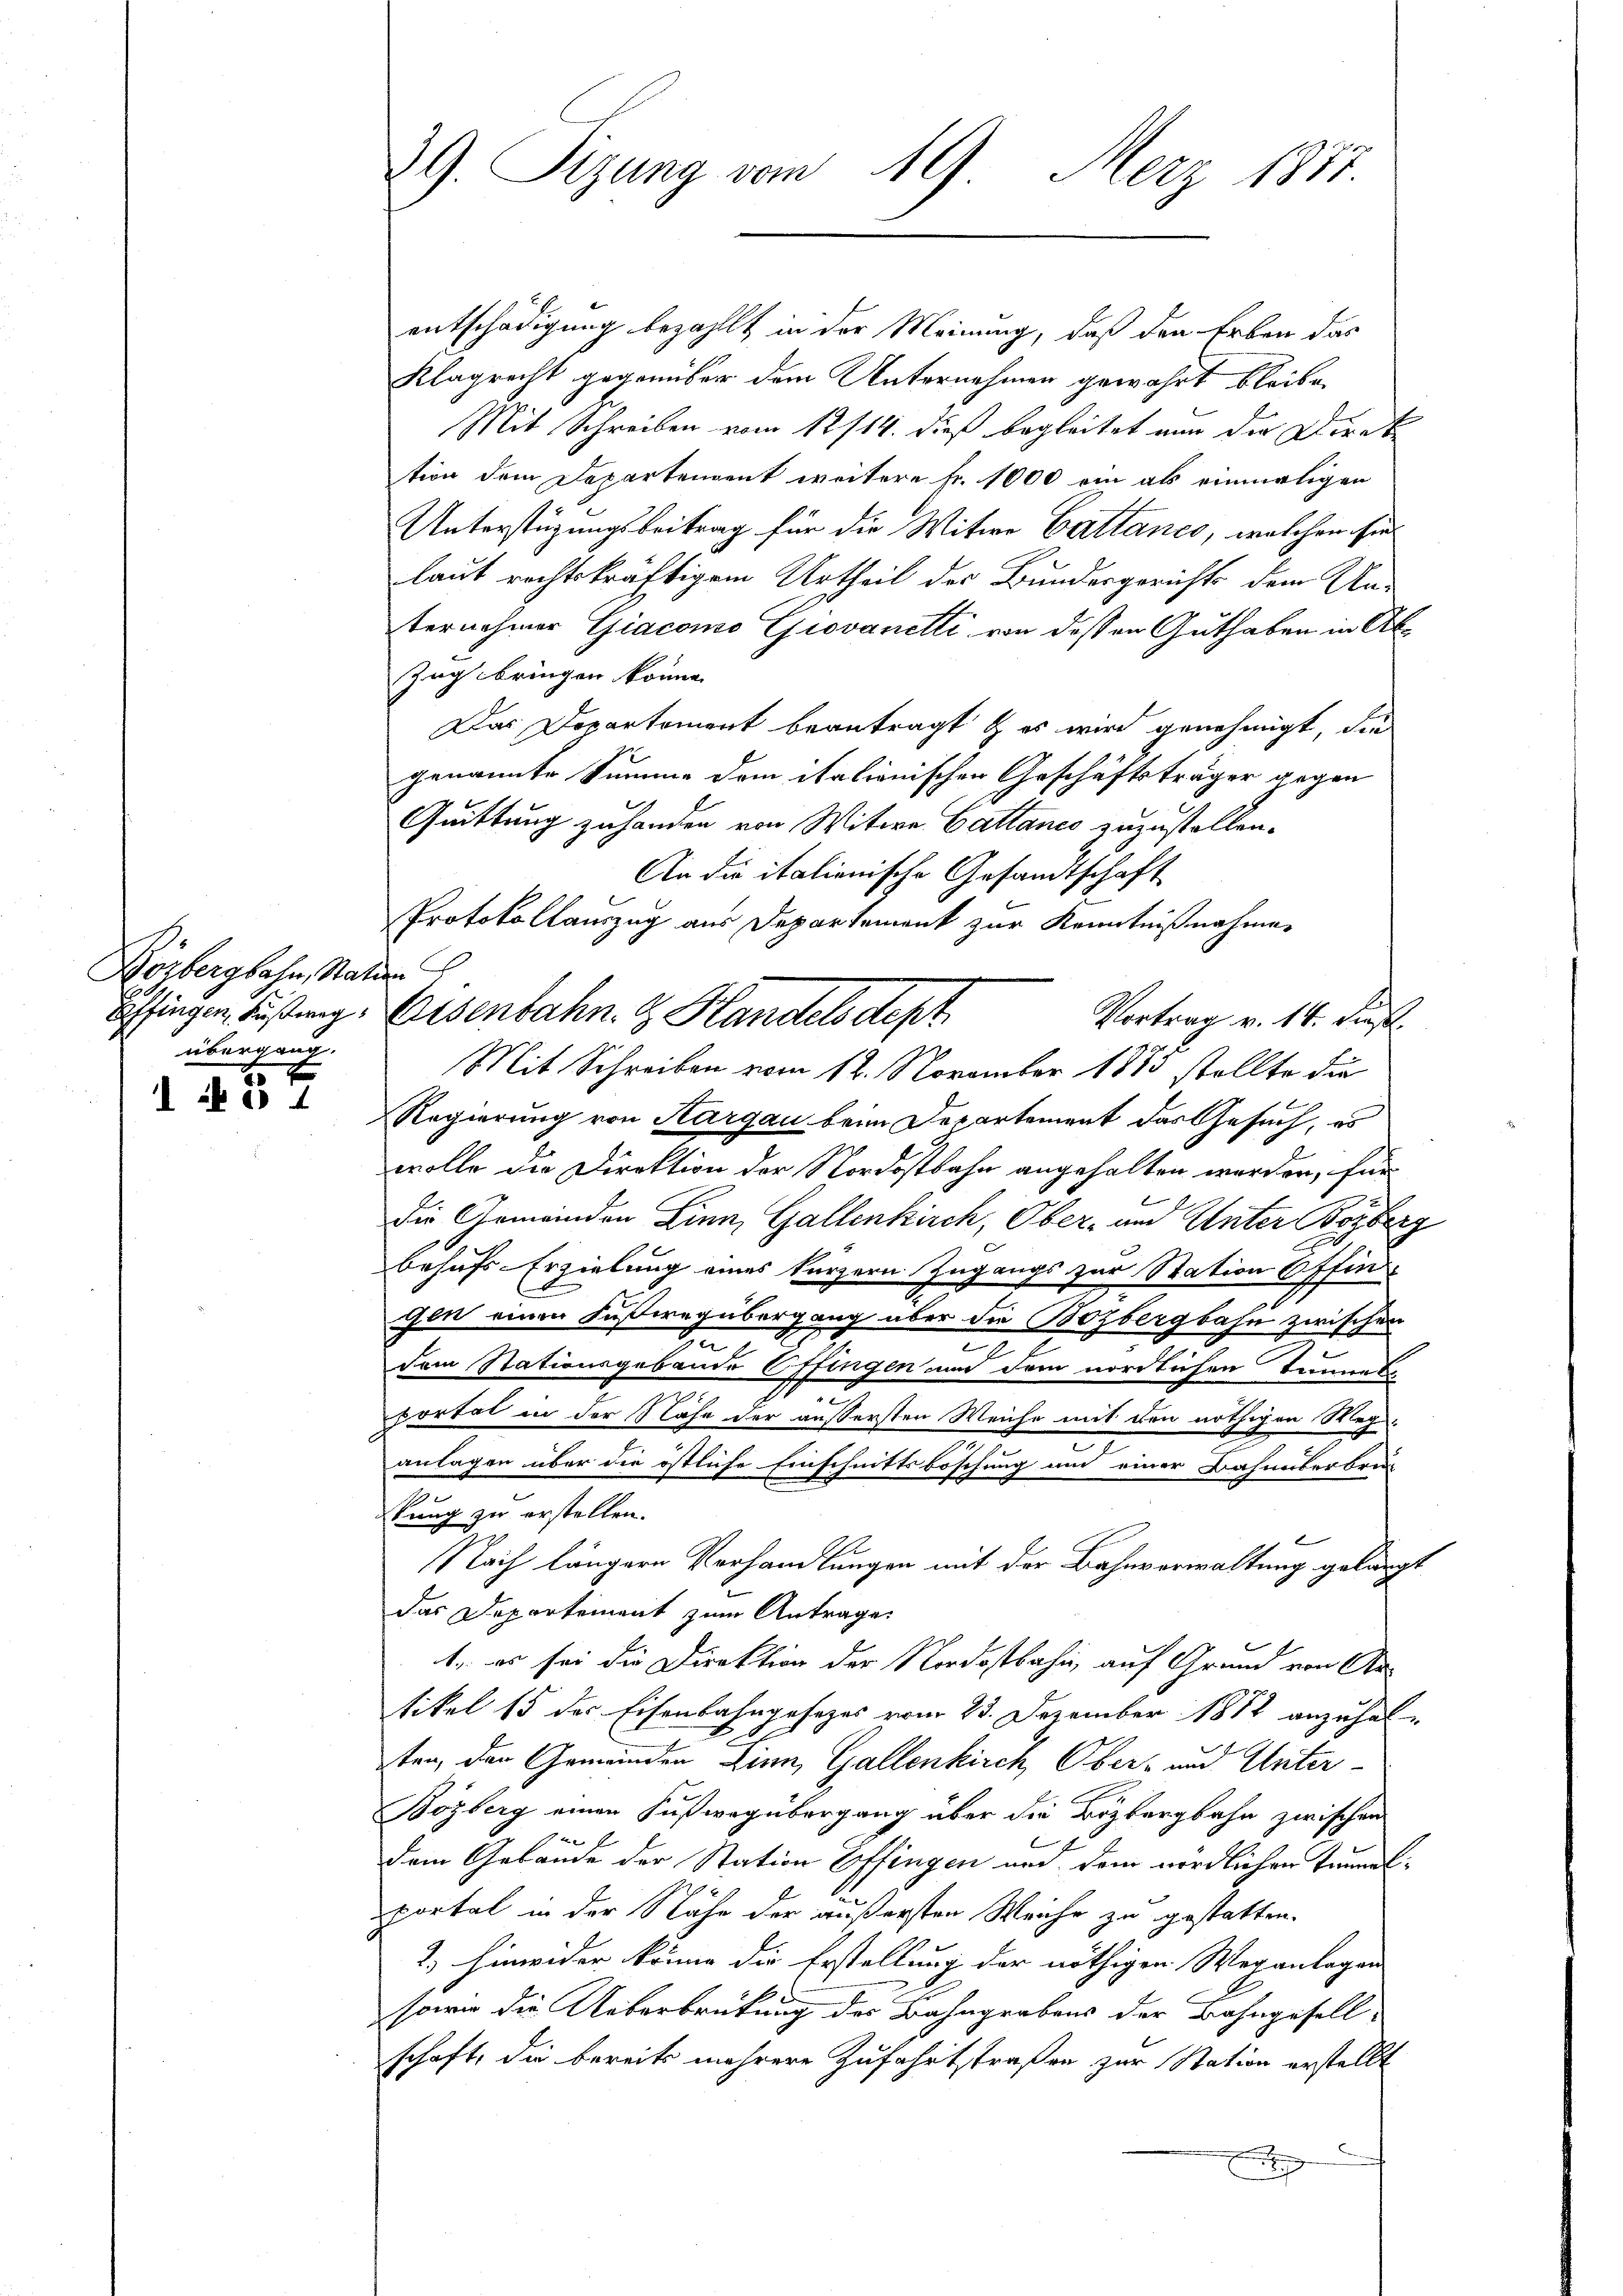
Körbergbahn, Stat
Effingen, Fußweg
übergang.
5 x

Ie 4

29. Sitzung vom 19. Merz 1877.

aber

entschädigung bezahlt in der Meinung, daß den Erben das
Klagrecht gegenüber dem Unternehmen gewahrt bleibe.
Mit Schreiben vom 12/14. dieß begleitet nun der Direk
tion dem Departendent weitere Fr. 1000 im als einmaligen
Unterstüzungsbeitrag für die Witwe Gattancs, welchem sie
laut rechtskräftigem Urtheil des Bundesgerichts dem Unternehmer Giacono Giovanetti von dessen Guthaben in Ab¬
Zug bringen könne,
Das Departement beantragt & es wird genehmigt, die
genannte Summe dem italionischen Geschäftsträger gegen
Quittung zu handen von Witwe Gattance zuzustellen.
An die italienische Gesandtschaft
Protokollauszug aus Departement zur Kenntnißnahmen
Vortrag v. 14. dieß.
Mit Schreiben vom 12. November 1885 stellte die
Regierung von Aargau beim Departement das Gesuch, es
wolle die Direktion der Nordostbahn angehalten werden, für
die Gemeinden Linn, Gallenkirch, Ober- und Unter Boyberg
behufs-Erzielung eines kürzern Zugangs zur Station Offin
gen einen Fußwegübergang über die Bozbergbahn zwischen
m
n
c
dem Stationsgebäude Offingen und dem nördlichen Tunnes
portal in der Nähe der äußersten Weiche mit den nöthigen Wegn
anlagen über die östliche Einschnittsböschung am einer Bahnüberbrekung zu erstellen.

Nach längern Verhandlungen mit der Bahnverwaltung gelangt
das Departement zum Antrage
1., er sei die Direktion der Nordostbahn, auf Grund von Artikel 15 der Eisenbahngesezes vom 23. Dezember 1882 anzuhalten, den Gemeinden Linn, Gallenkirch, Ober- und Unter
Bözberg einen Fußweg übergang über die Bözbergbahn zwischen
2 x
dem Gebäude der Station Effingen und dem nördlichen Tennalportal in der Nähe der äußersten Weiche zu gestatten.
2.) Hinwider könne die Erstellung der nöthigen Weganlagen
sowie die Ueberbrückung des Bahngrabens der Bahngesell-
schaft, die bereits mehrere Zufahrtstraßen zur Station erstellt
x

Eisenbahn. & Handels Sept